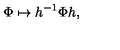
\Phi \mapsto h ^ { - 1 } \Phi h ,